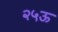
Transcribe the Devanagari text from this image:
२५ऊ